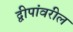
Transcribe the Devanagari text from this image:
द्वीपांवरील